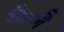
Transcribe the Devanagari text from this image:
यैल्लै